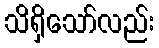
သိရှိသော်လည်း